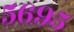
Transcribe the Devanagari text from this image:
५६९५